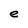
Character: e